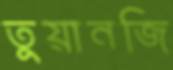
তুয়ানজি